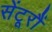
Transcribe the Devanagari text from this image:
सेंटूरौं